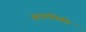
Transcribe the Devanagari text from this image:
बलगतिकी